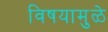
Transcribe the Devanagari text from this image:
विषयामुळे